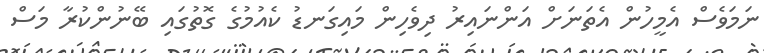
ނަމަވެސް އެމީހުން އެތަނަށް އަންނައިރު ދިވެހިން މައިގަނޑު ކެއުމުގެ ގޮތުގައި ބޭނުންކުރާ މަސް